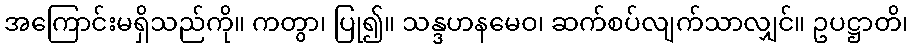
အကြောင်းမရှိသည်ကို။ ကတွာ၊ ပြု၍။ သန္ဒဟနမေဝ၊ ဆက်စပ်လျက်သာလျှင်။ ဥပဋ္ဌာတိ၊